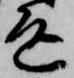
返